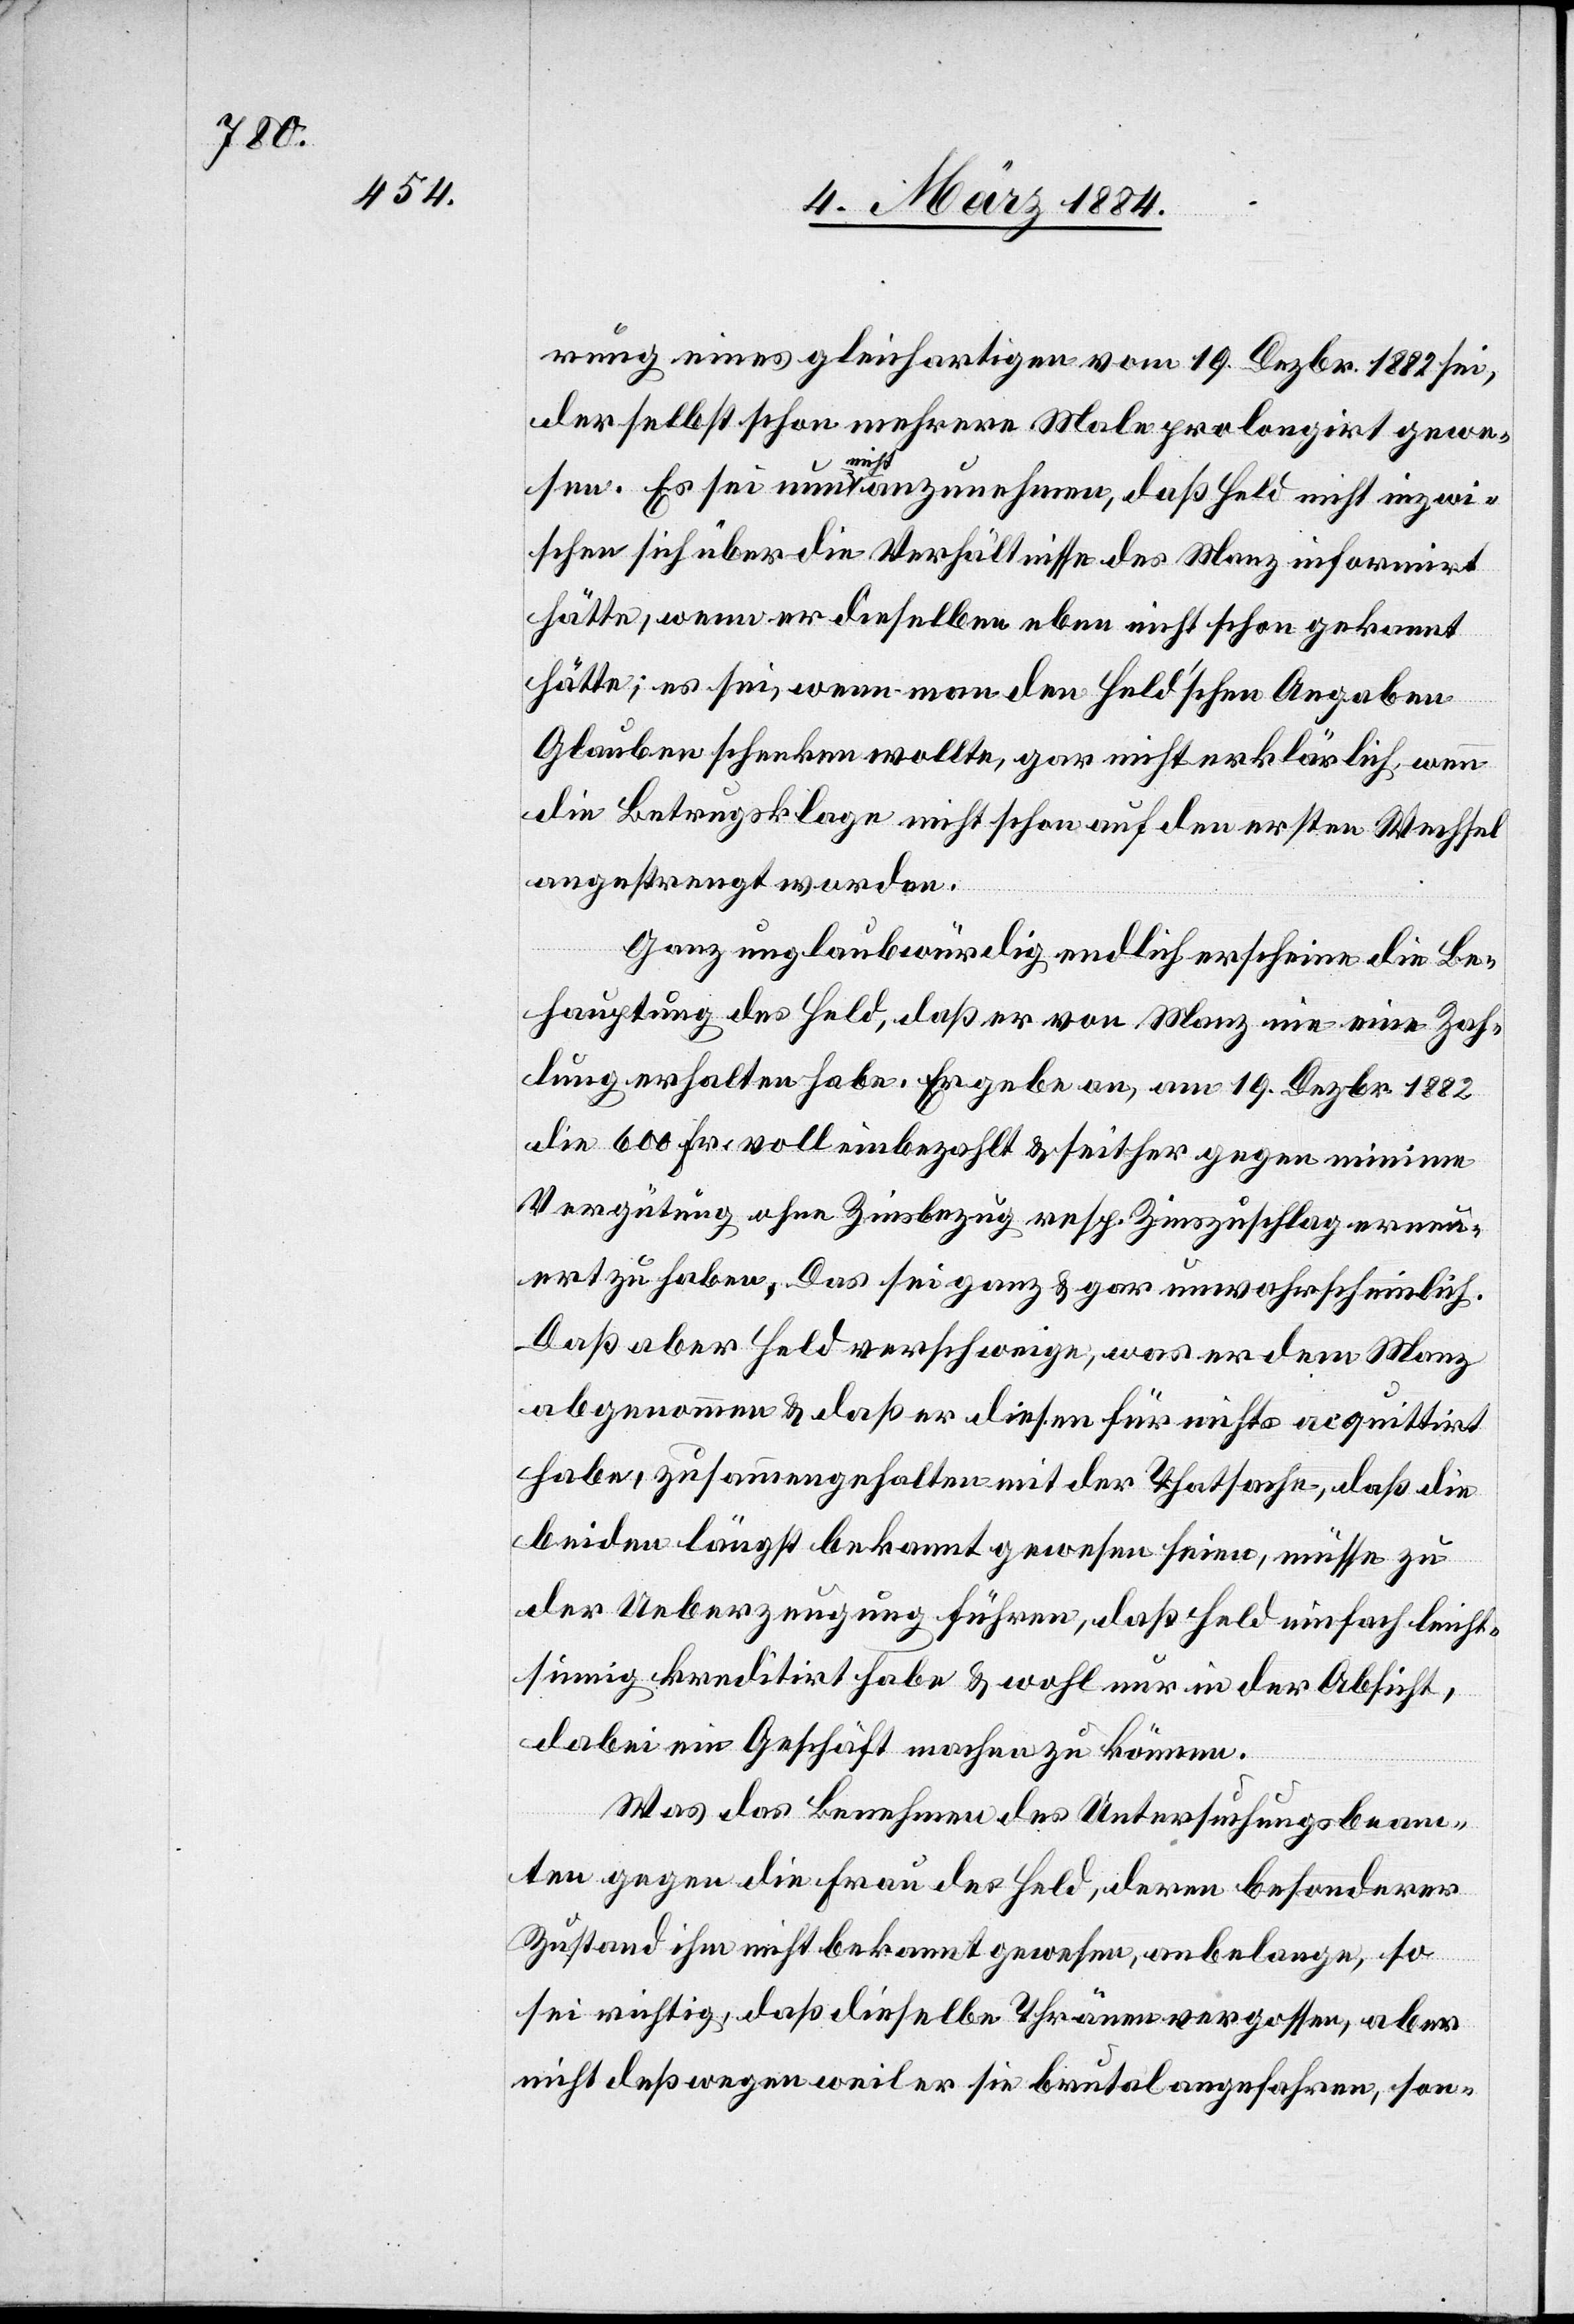
rung eines gleichartigen vom 19. Dezbr. 1882 sei,
der selbst schon mehrere Male prolongirt gewe¬
sen. Es sei nun nicht anzunehmen, daß Held nicht inzwi¬
schen sich über die Verhältnisse des Manz informirt
hätte; es sei, wenn man den Held’schen Angaben
Glauben schenken wollte, gar nicht erklärlich, wenn
die Betrugsklage nicht schon auf den ersten Wechsel
angestrengt worden.
Ganz unglaubwürdig endlich erscheine die Be¬
hauptung des Held, daß er von Manz nie eine Zah¬
lung erhalten habe. Er gebe an, am 19. Dezbr. 1882
die 600 Fr. voll einbezahlt & seither gegen minime
Vergütung ohne Zinsbezug resp. Zinszuschlag erneu¬
ert zu haben. Das sei ganz & gar unwahrscheinlich.
Daß aber Held verschweige, was er dem Manz
abgenommen & daß er diesen dafür nicht acquittirt
habe, zusammengehalten mir der Thatsache, daß die
beiden längst bekannt gewesen seien, müsse zu
der Ueberzeugung führen, daß Held einfach leicht¬
sinnig kreditirt habe & wohl nur in der Absicht,
dabei ein Geschäft machen zu können.
Was das Benehmen des Untersuchungsbeam¬
ten gegen die Frau des Held, deren besonderer
Zustand ihm nicht bekannt gewesen, anbelange, so
sei richtig, daß dieselbe Thränen vergossen, aber
nicht deßwegen weil er sie brutal angefahren, son-